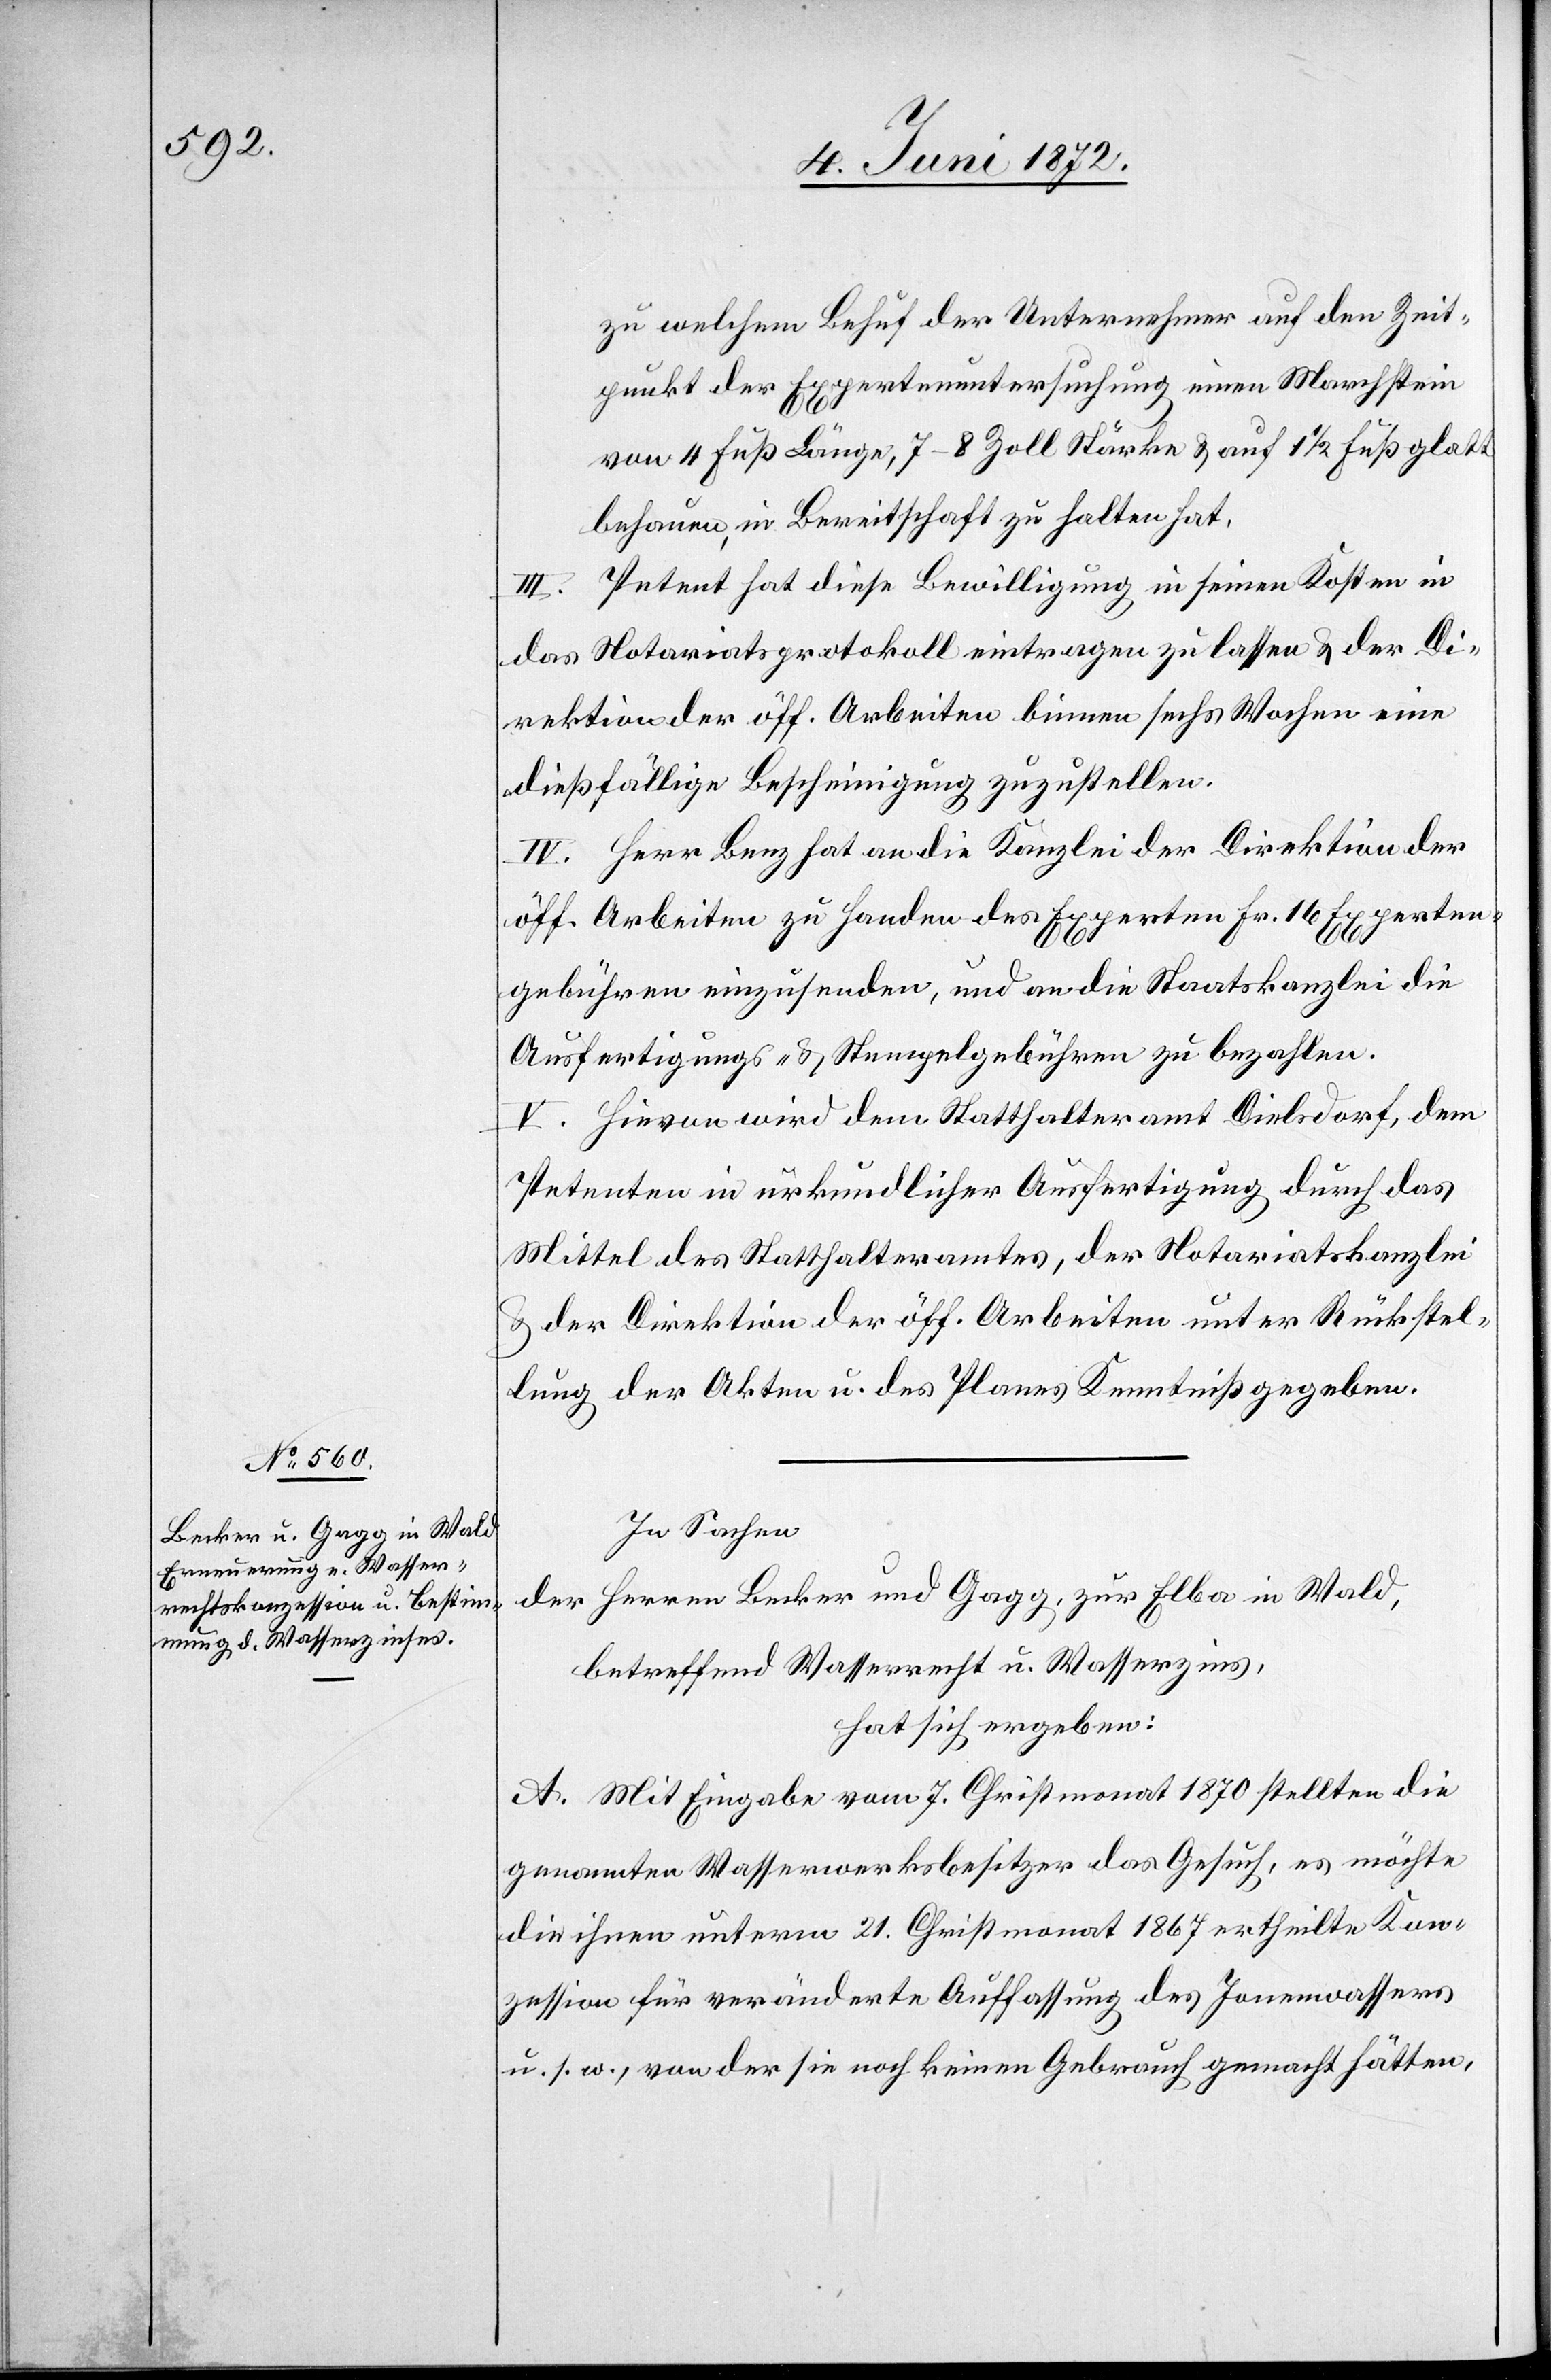
zu welchem Behuf der Unternehmer auf den Zeit¬
punkt der Expertenuntersuchung einen Marchstein
von 4 Fuß Länge, 7–8 Zoll Stärke u. auf 1 1/2 Fuß glatt
behauen, in Bereitschaft zu halten hat.
Petent hat diese Bewilligung in seinen Kosten in
das Notariatsprotokoll eintragen zu lassen u. der Di¬
rektion der öff. Arbeiten binnen sechs Wochen eine
dießfällige Bescheinigung zuzustellen.
IV. Herr Benz hat an die Kanzlei der Direktion der
öff. Arbeiten zu Handen des Experten Fr. 16 Experten¬
gebühren einzusenden, und an die Staatskanzlei die
Ausfertigungs- u. Stempelgebühren zu bezahlen.
V. Hievon wird dem Statthalteramt Dielsdorf, dem
Petenten in urkundlicher Ausfertigung durch das
Mittel des Statthalteramtes, der Notariatskanzlei
u. der Direktion der öff. Arbeiten unter Rückstel¬
lung der Akten u. des Planes Kenntniß gegeben.
In Sachen
der Herren Becker und Gagg, zur Elba in Wald,
betreffend Wasserrecht u. Wasserzins,
hat sich ergeben:
A. Mit Eingabe vom 7. Christmonat 1870 stellten die
genannten Wasserwerksbesitzer das Gesuch, es möchte
die ihnen unterm 21. Christmonat 1867 ertheilte Kon¬
zession für veränderte Auffassung des Ionenwassers
u. s. w., von der sie noch keinen Gebrauch gemacht hätten,